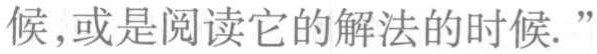
候,或是阅读它的解法的时候.”